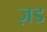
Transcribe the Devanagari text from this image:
ज़ड